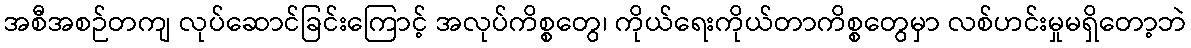
အစီအစဉ်တကျ လုပ်ဆောင်ခြင်းကြောင့် အလုပ်ကိစ္စတွေ၊ ကိုယ်ရေးကိုယ်တာကိစ္စတွေမှာ လစ်ဟင်းမှုမရှိတော့ဘဲ